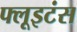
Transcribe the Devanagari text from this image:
फ्लूइटंस